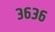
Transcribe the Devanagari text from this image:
३६३६